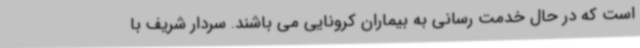
است که در حال خدمت رسانی به بیماران کرونایی می باشند. سردار شریف با